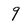
Character: 9